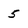
Character: 5